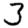
Digit: 3